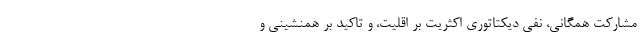
مشارکت همگانی، نفی دیکتاتوری اکثریت بر اقلیت، و تاکید بر همنشینی و